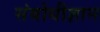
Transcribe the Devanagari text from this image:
संबोधीज्ञान